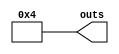
module constant_value_gen #(
	parameter W=4,  
	parameter constant_val=4 
) 
(
	output [W-1:0] outs 
	
);  
	// Only output is assigned to the value of the parameter inputted. 
	assign outs = constant_val; 
	
endmodule